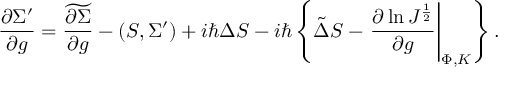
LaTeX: { \frac { \partial \Sigma ^ { \prime } } { \partial g } } = \widetilde { \frac { \partial \Sigma } { \partial g } } - ( S , \Sigma ^ { \prime } ) + i \hbar \Delta S - i \hbar \left\{ \tilde { \Delta } S - \left. { \frac { \partial \ln J ^ { \frac { 1 } { 2 } } } { \partial g } } \right| _ { \Phi , K } \right\} .